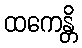
ထကေန္တိ